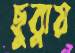
ছুব্‌লায়